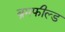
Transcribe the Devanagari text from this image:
ब्रमफील्ड